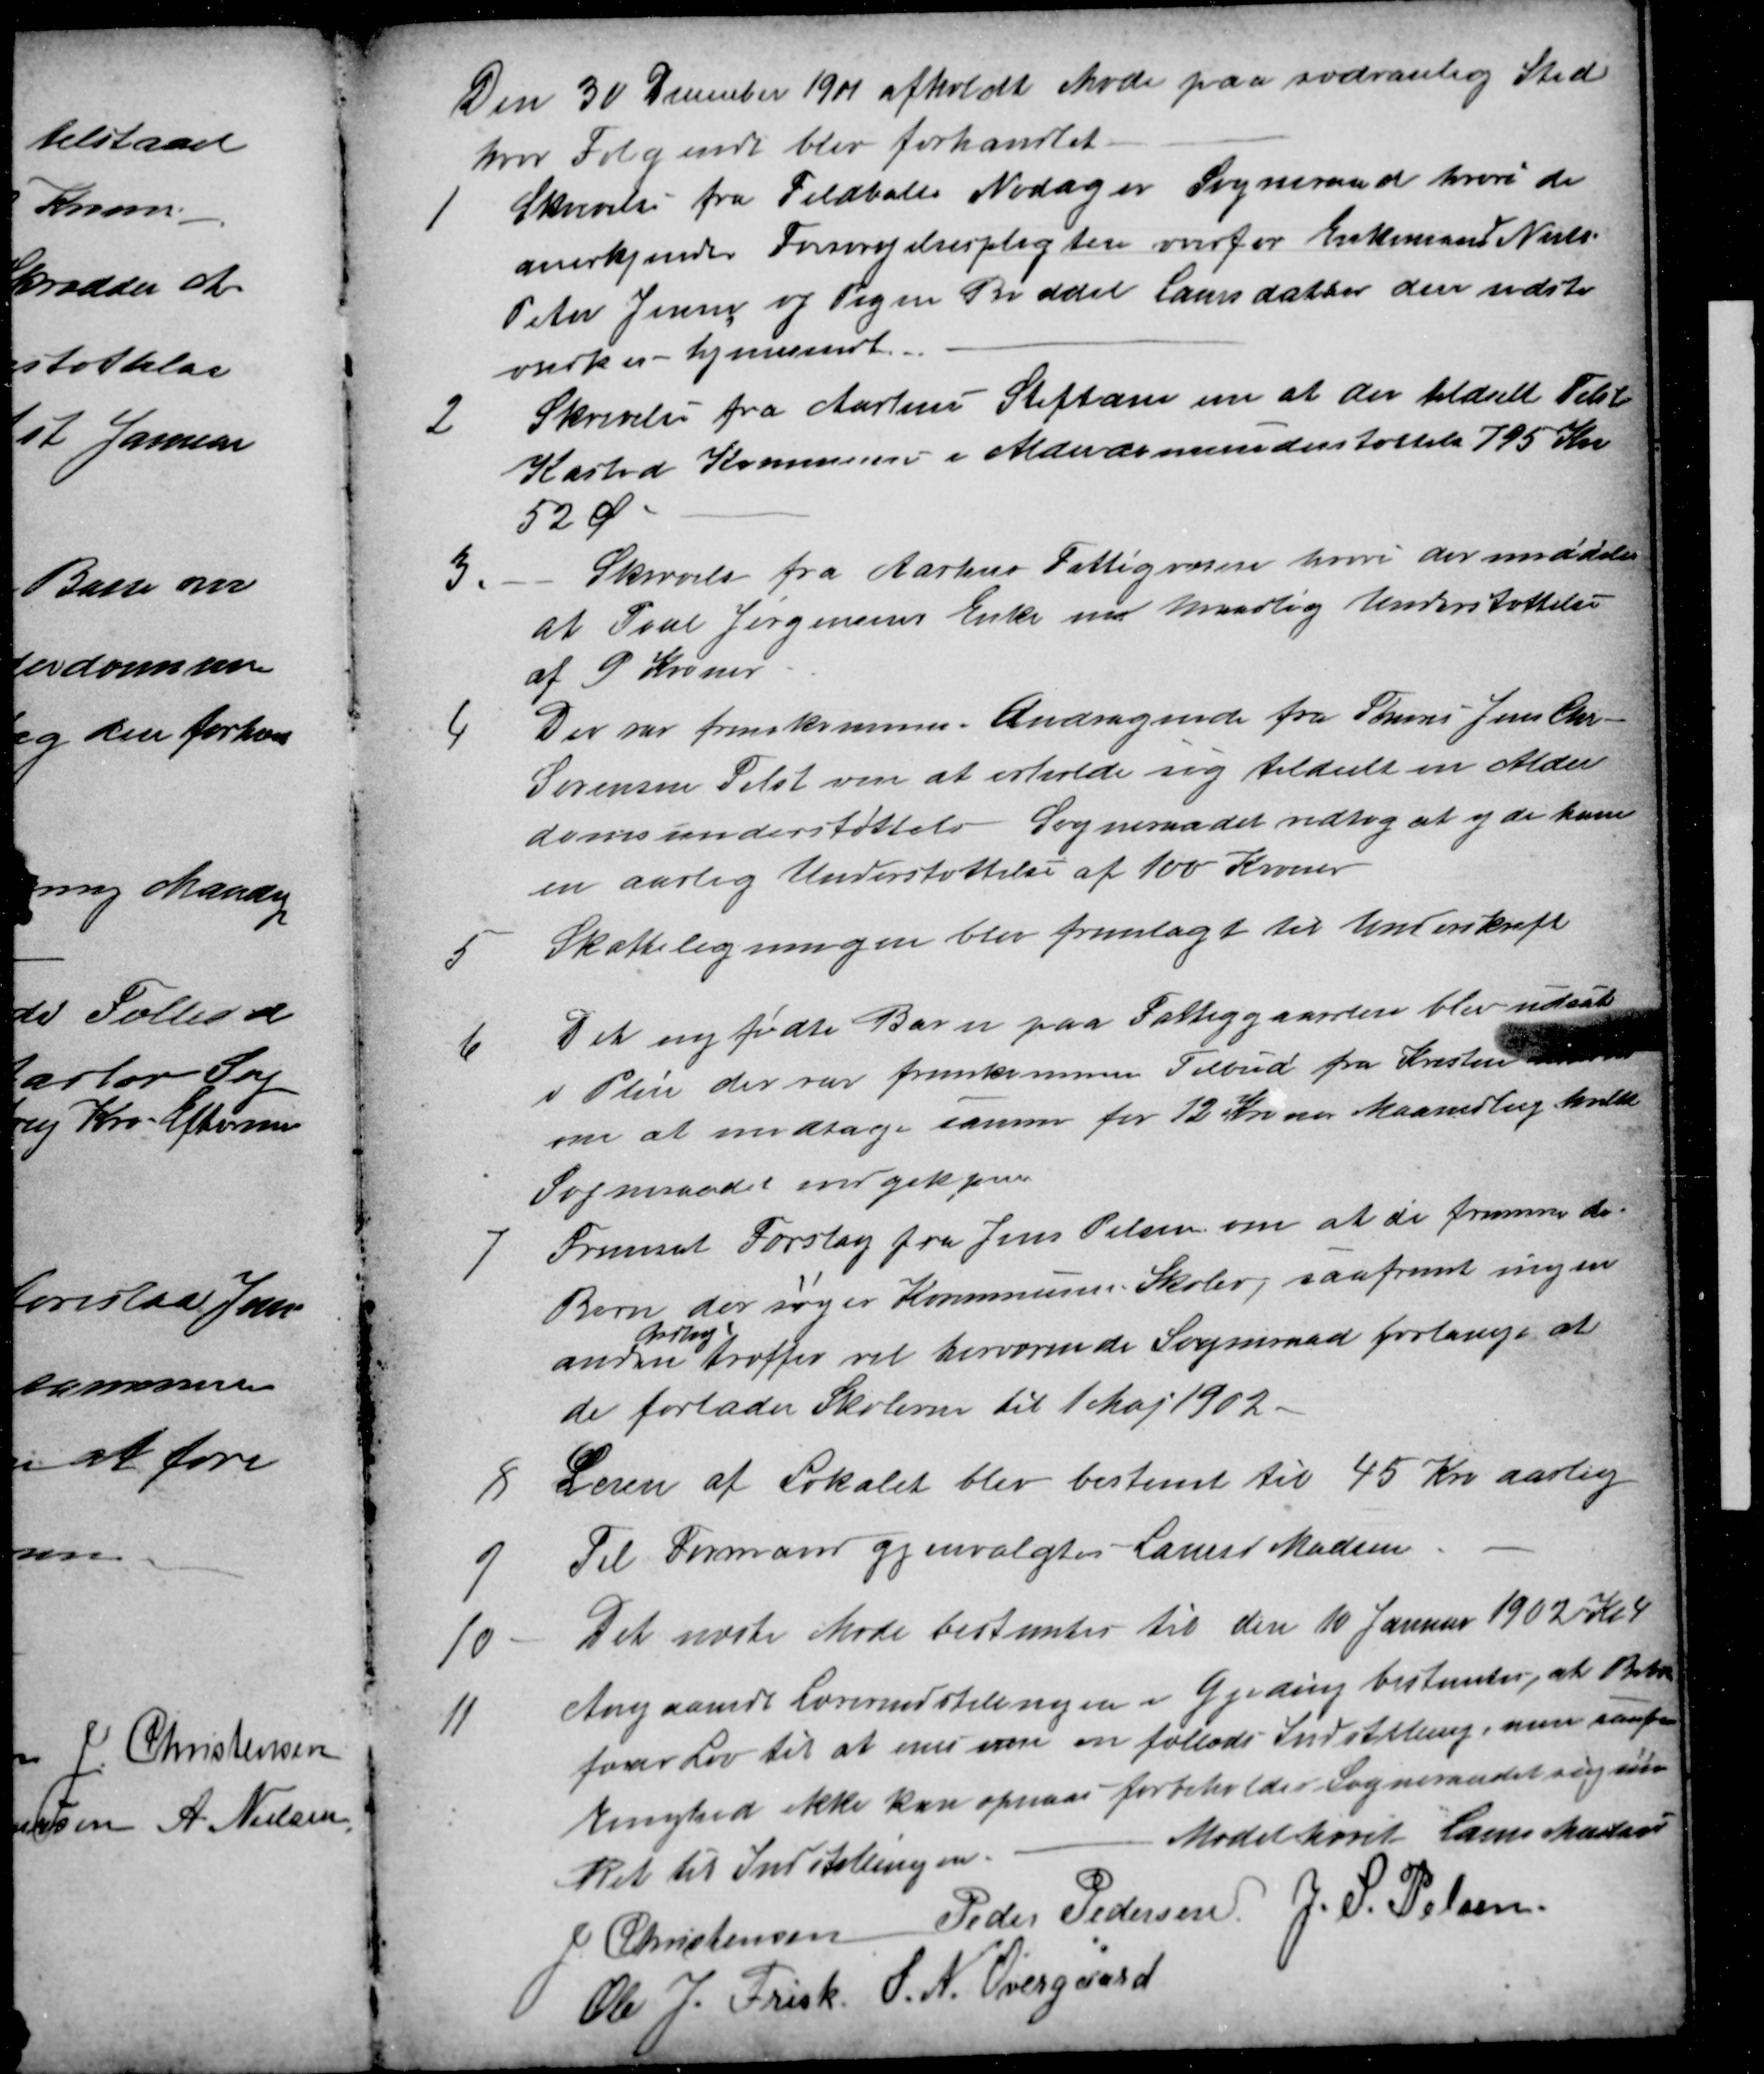
Transskription:
Den 30 December 1901 afholdt Møde paa sædvanlig Sted
hvor Følgende blev forhandlet.
1
Skrivelse fra Feldballe Nødager Sogneraad hvori de
anerkjender Forsørgelsespligten overfor Enkemand Niels
Peter Jensen og Pigen Boddel Laursdatter den sidste
ønskes hjemsendt.
2
Skrivelse fra Aarhus Stiftam om at der tildelt Tilst
Kasted Kommune i Alderdomsunderstøttelse 795 Kr
52 Ø
3.
Skrivelse fra Aarhus Fattigvæsen hvori der meddeles
at Poul Jørgensens Enke en maandig Understøttelse
af 9 Kroner
4
Der var fremkommmen Andragende fra TømrerJens Chri-
Sørensen Tilst om at erholde sig tildelt en Alder
domsunderstøttelse Sogneraadet vedtog at yde ham
en aarlig Understøttelse af 100 Kroner
5
Skatteligningen blev fremlagt til Underskrift
6
Det nyfødte Barn paa Fattiggaarden blev udsat
i Pleie der var fremkommen Tilbud fra Kristen Andersen
om at modtage samme for 12 Kroner Maanedlig hvilket
Sogneraadet indgik paa
7
Fremsat Forslag fra Jens Pelsen om at de fremmede
Børn der søger Kommunens Skoler, saafremt ingen
anden
Ordning
træffes vil herværende Sogneraad forlange at
de forlader Skolerne til 1 Maj 1902.
8
Leien af Lokalet blev bestemt til 45 Kr aarlig
9
Til Formand gjenvalgtes Laurs Madsen
10
Det næste Møde bestemtes til den 10 Januar 1902 Kl 4
11
Angaaende Lærerindstilingen i Gjeding bestemtes, at Beboe
faar Lov til at enes om en fælleds Indstilling, men saafremt
Enighed ikke kan opnaas forbeholder Sogneraadet sig selv
Ret til Indstillingen.
Mødet hævet Laurs Madsen
J Christensen Peder Pedersen J. S. Pelsen
Ole J. Frisk. S. N. Overgaard